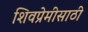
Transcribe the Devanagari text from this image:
शिवप्रेमीसाठी